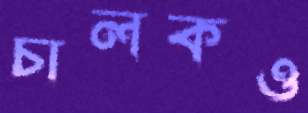
চালকও